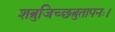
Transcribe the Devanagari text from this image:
शत्रुजिच्छत्रुतापनः।